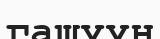
гашуун